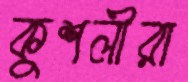
কুশলীরা